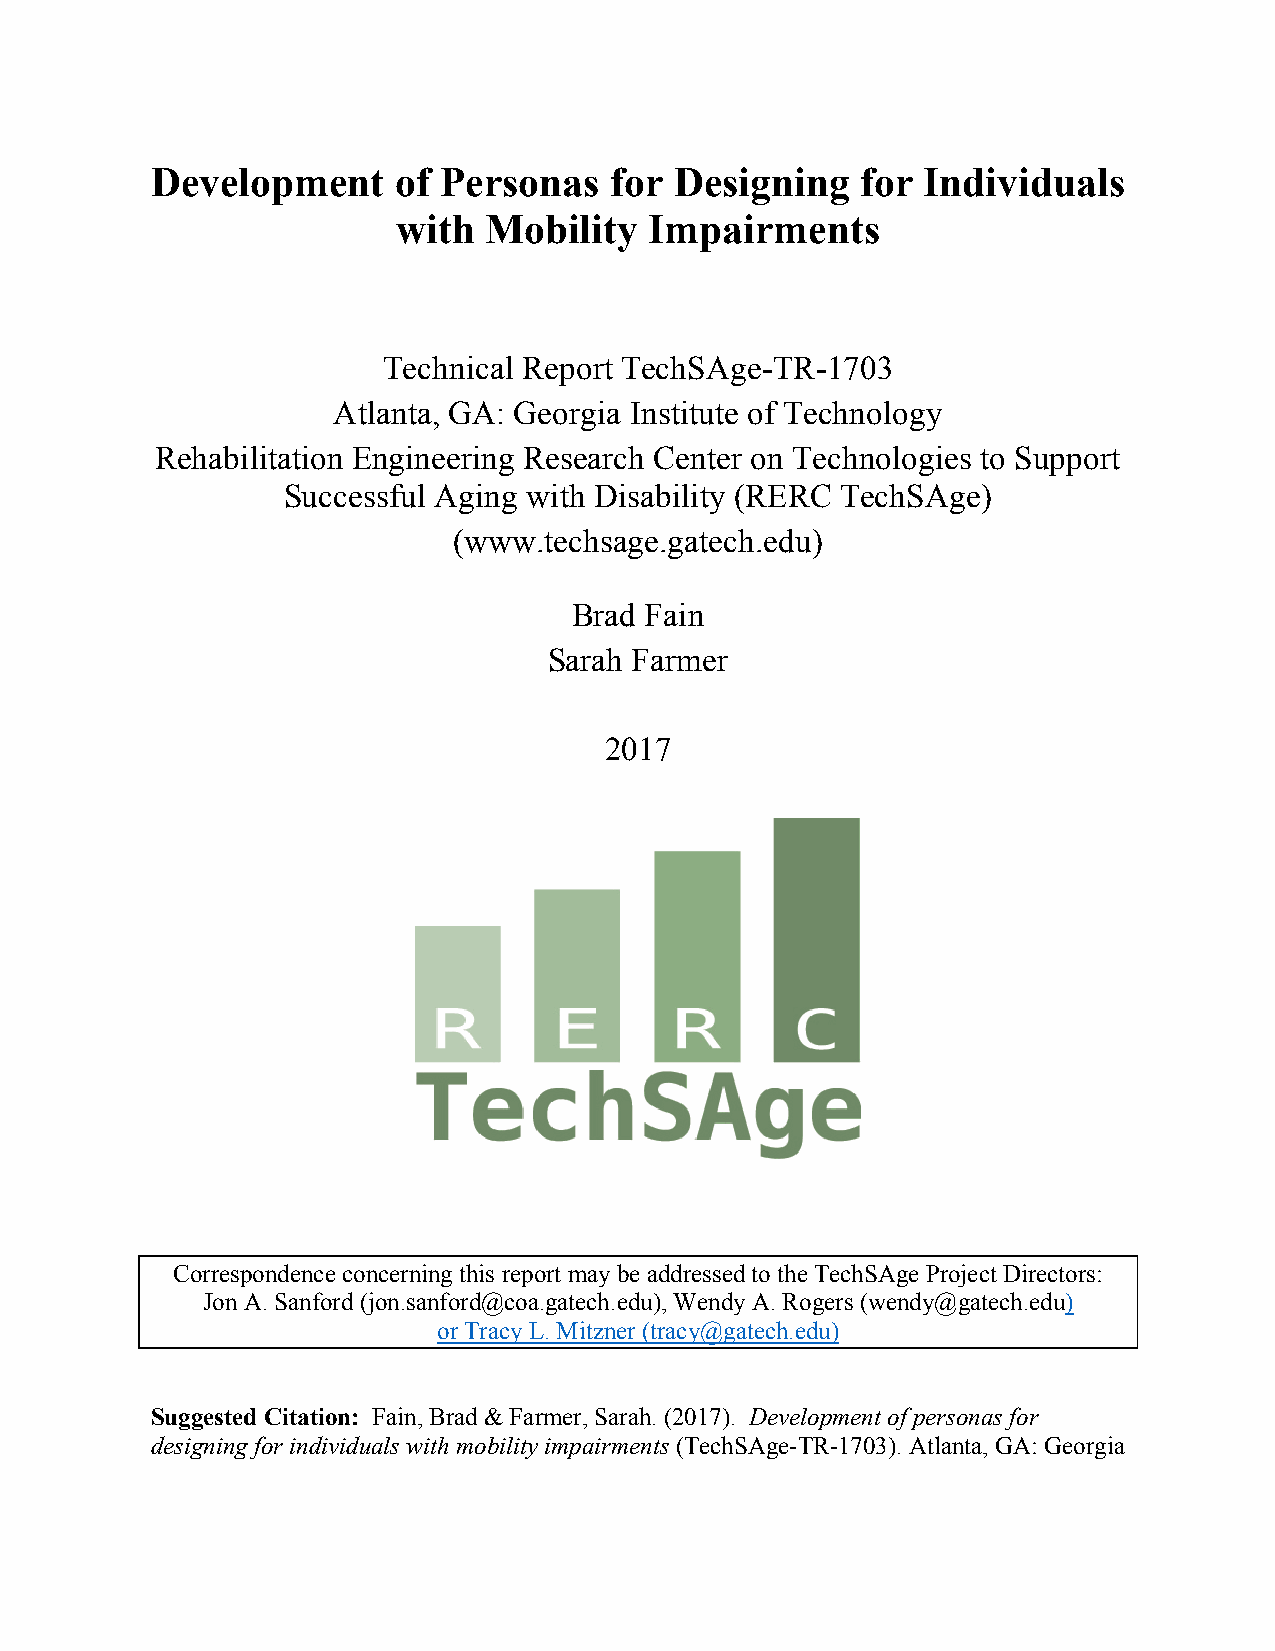
Development     of Personas   for  Designing   for Individuals
 with  Mobility   Impairments
 Technical Report TechSAge-TR-1703
 Atlanta, GA: Georgia Institute of Technology
 Rehabilitation Engineering Research Center on Technologies to Support
 Successful Aging with Disability (RERC TechSAge)
 (www.techsage.gatech.edu)
 Brad Fain
 Sarah Farmer
 2017
 Correspondence concerning this report may be addressed to the TechSAge Project Directors:
 Jon A. Sanford (jon.sanford@coa.gatech.edu), Wendy A. Rogers (wendy@gatech.edu)
 or Tracy L. Mitzner (tracy@gatech.edu)
 Suggested Citation: Fain, Brad & Farmer, Sarah. (2017). Development of personas for
 designing for individuals with mobility impairments (TechSAge-TR-1703). Atlanta, GA: Georgia